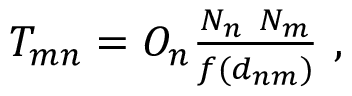
\begin{array} { r } { T _ { m n } = O _ { n } \frac { N _ { n } \ N _ { m } } { f ( d _ { n m } ) } \ , } \end{array}